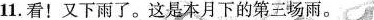
11.看!又下雨了.这是本月下的第三场雨.